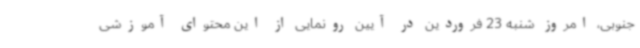
جنوبی، امروز شنبه 23 فروردین در آیین رونمایی از این محتوای آموزشی